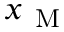
x _ { \mathrm { ~ M ~ } }